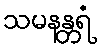
သမနန္တရံ